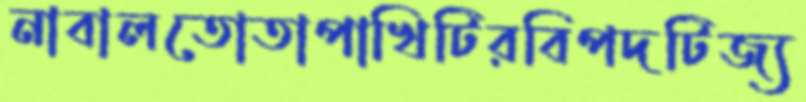
নাবালতোতাপাখিটিরবিপদটিজ্য